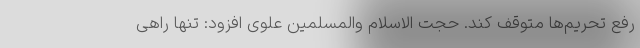
رفع تحریم‌ها متوقف کند. حجت الاسلام والمسلمین علوی افزود: تنها راهی